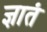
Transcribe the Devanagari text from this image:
ज्ञातं